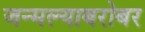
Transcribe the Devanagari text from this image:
जन्मल्याबरोबर